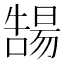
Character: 𡀻